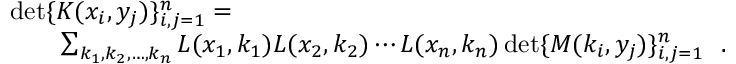
\begin{array} { r l r } { \lefteqn { \operatorname* { d e t } \{ K ( x _ { i } , y _ { j } ) \} _ { i , j = 1 } ^ { n } = } } \\ & { } & { \sum _ { k _ { 1 } , k _ { 2 } , \ldots , k _ { n } } L ( x _ { 1 } , k _ { 1 } ) L ( x _ { 2 } , k _ { 2 } ) \cdots L ( x _ { n } , k _ { n } ) \operatorname* { d e t } \{ M ( k _ { i } , y _ { j } ) \} _ { i , j = 1 } ^ { n } ~ ~ . } \end{array}